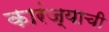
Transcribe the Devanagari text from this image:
कारंज्याची